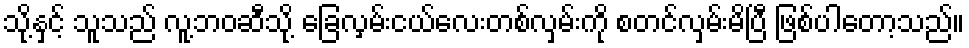
သို့နှင့် သူသည် လူ့ဘဝဆီသို့ ခြေလှမ်းငယ်လေးတစ်လှမ်းကို စတင်လှမ်းမိပြီ ဖြစ်ပါတော့သည်။